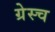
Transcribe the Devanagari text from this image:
ग्रेस्च